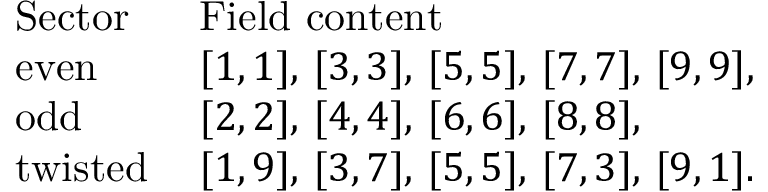
\begin{array} { l l } { { \mathrm { S e c t o r } \ \ } } & { { \mathrm { F i e l d ~ c o n t e n t } } } \\ { { \mathrm { e v e n } } } & { { [ 1 , 1 ] , \, [ 3 , 3 ] , \, [ 5 , 5 ] , \, [ 7 , 7 ] , \, [ 9 , 9 ] , \, } } \\ { { \mathrm { o d d } } } & { { [ 2 , 2 ] , \, [ 4 , 4 ] , \, [ 6 , 6 ] , \, [ 8 , 8 ] , \, } } \\ { { \mathrm { t w i s t e d } } } & { { [ 1 , 9 ] , \, [ 3 , 7 ] , \, [ 5 , 5 ] , \, [ 7 , 3 ] , \, [ 9 , 1 ] . } } \end{array}